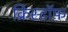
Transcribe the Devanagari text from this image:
क्रिस्टॉफ़